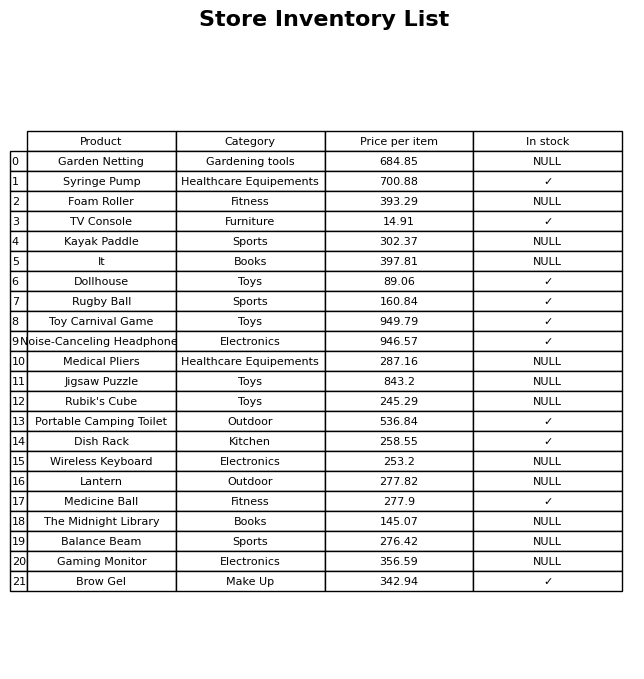
question: What is the price of the Toy Carnival Game?
answer: The price of Toy Carnival Game is 949.79.